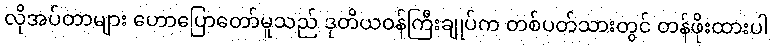
လိုအပ်တာများ ဟောပြောတော်မူသည် ဒုတိယဝန်ကြီးချုပ်က တစ်ပတ်သားတွင် တန်ဖိုးထားပါ